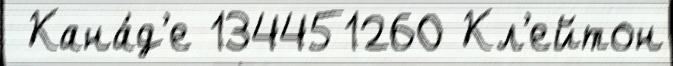
 Кана́д'е 134451260 Кл'ейтон